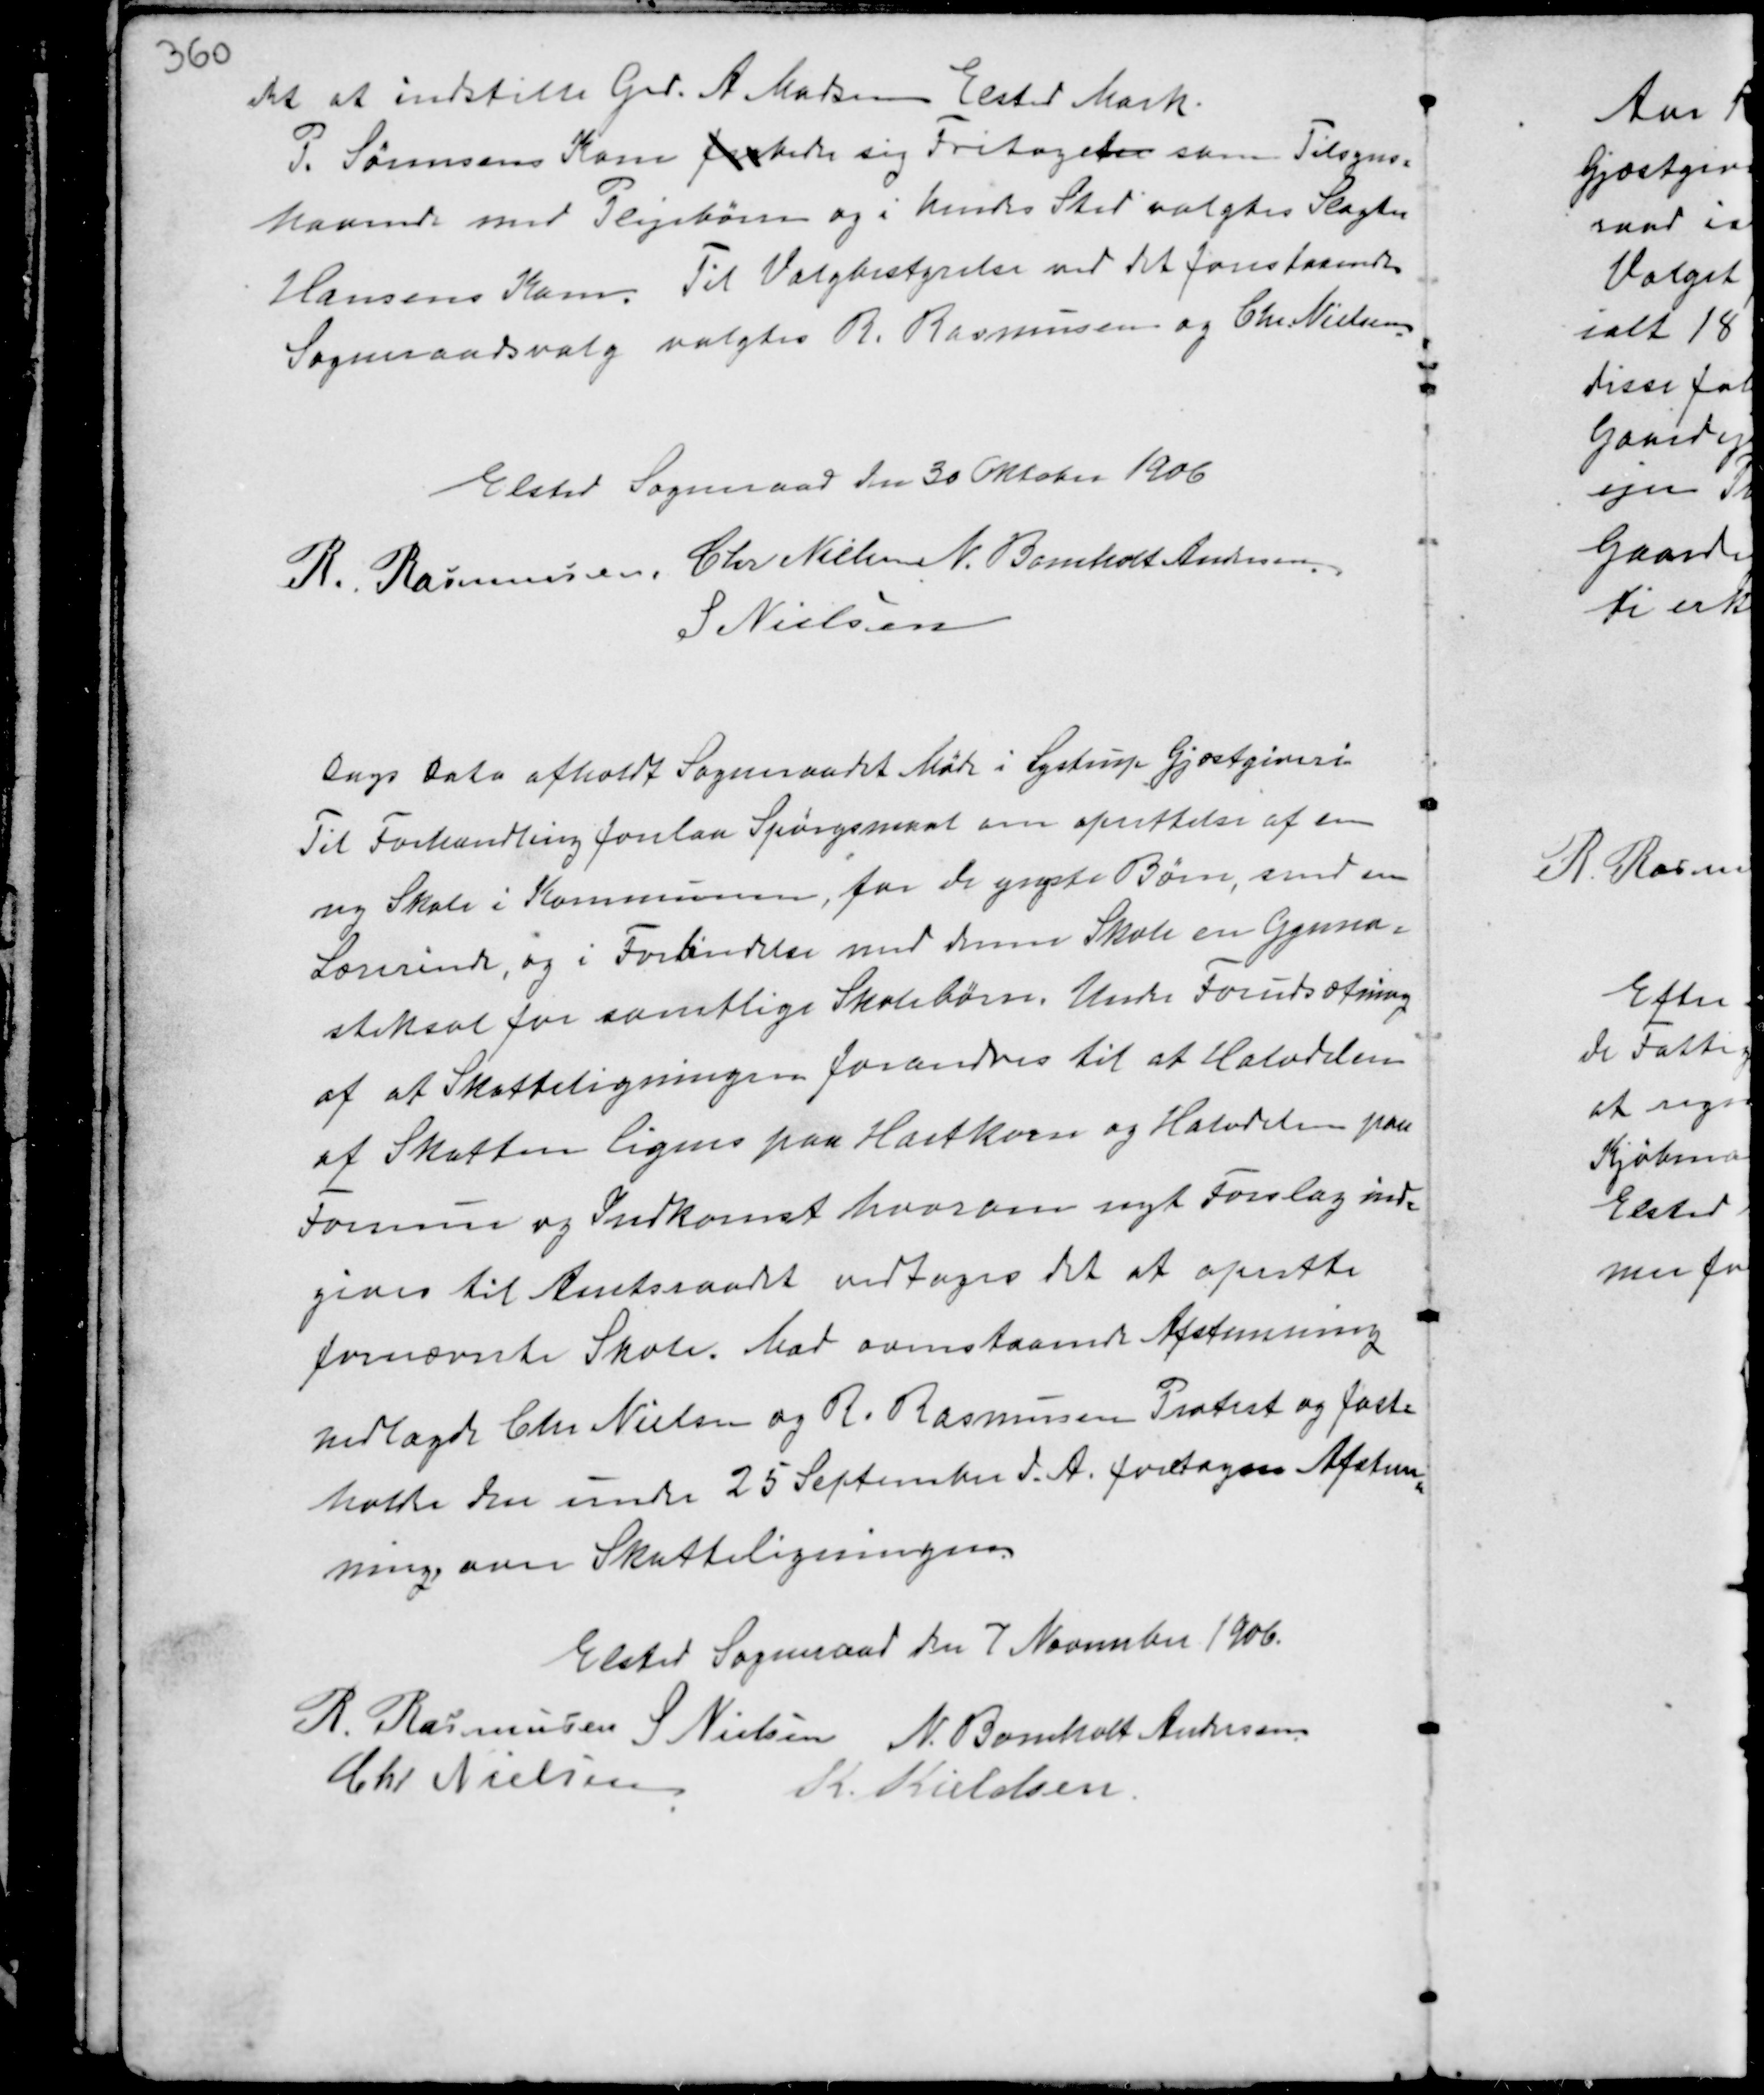
Transskription:
det at indstille Grd. A. Madsen Elsted Mark.
P. Sørensens Kone forbeder sig Fritaget som Tilsyns-
havende med Plejebørn og i hendes Sted valgtes Slagter
Hansens Kone. Til Valgbestyrelse ved det forestaaende
Sogneraadsvalg valgtes R. Rasmussen og Chr. Nielsen.

Elsted Sogneraad den 30 Oktober 1906
R. Rasmussen Chr Nielsen N. Bomholt Andersen
S. Nielsen

Dags Dato afholdt Sogneraadet Møde i Lystrup Gjæstgiveri.
Til Forhandling forelaa Spørgsmaal om oprettelse af en
ny Skole i Kommunen, for de yngste Børn, samt en
Lærerinde, og i Forbindelse med denne Skole en Gymna-
stiksal for samtlige Skolebørn. Under Forudsætning
af at Skatteligningen forandres til at Halvdelen
af Skatten lignes paa Hartkorn og Halvdelen paa
Formue og Indkomst hvorom nyt Forslag ind-
gives til Amtsraadet vedtages det at oprette
fornævnte Skole. har ovenstaaende Afstemning
nedlagde Chr Nielsen og R. Rasmussen Protest og fast-
holdte den under 25 September d.A. foretagne Afstem-
ning over Skatteligningen.

Elsted Sogneraad den 7 November 1906.
R. Rasmussen S Nielsen N. Bomholt Andersen
Chr Nielsen K. Kieldsen